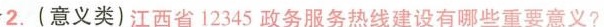
2.(意义类)江西省12345政务服务热线建设有哪些重要意义?